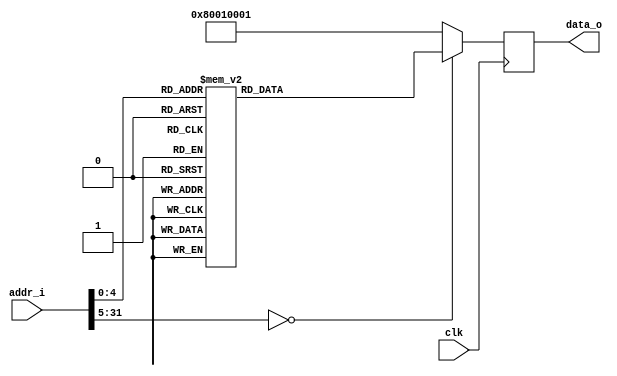
module nkmd_progrom(
    input wire clk,
    output wire [31:0] data_o,
    input wire [31:0] addr_i);
reg [31:0] data_ff;
always @(posedge clk) begin
    case (addr_i)
16'h0000: data_ff <= 32'h00000000;
16'h0001: data_ff <= 32'h00000000;
16'h0002: data_ff <= 32'h00000000;
16'h0003: data_ff <= 32'h00000000;
16'h0004: data_ff <= 32'h01010001;
16'h0005: data_ff <= 32'h02010002;
16'h0006: data_ff <= 32'h03010003;
16'h0007: data_ff <= 32'h04010004;
16'h0008: data_ff <= 32'h05000100;
16'h0009: data_ff <= 32'h06000200;
16'h000a: data_ff <= 32'h07000300;
16'h000b: data_ff <= 32'h08000400;
16'h000c: data_ff <= 32'h80010004;
16'h000d: data_ff <= 32'h00000000;
16'h000e: data_ff <= 32'h00000000;
16'h000f: data_ff <= 32'h00000000;
16'h0010: data_ff <= 32'h00000000;
default:  data_ff <= 32'h80010001;
    endcase
end
assign data_o = data_ff;
endmodule